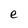
Character: e